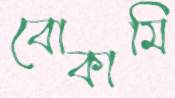
বোকামি